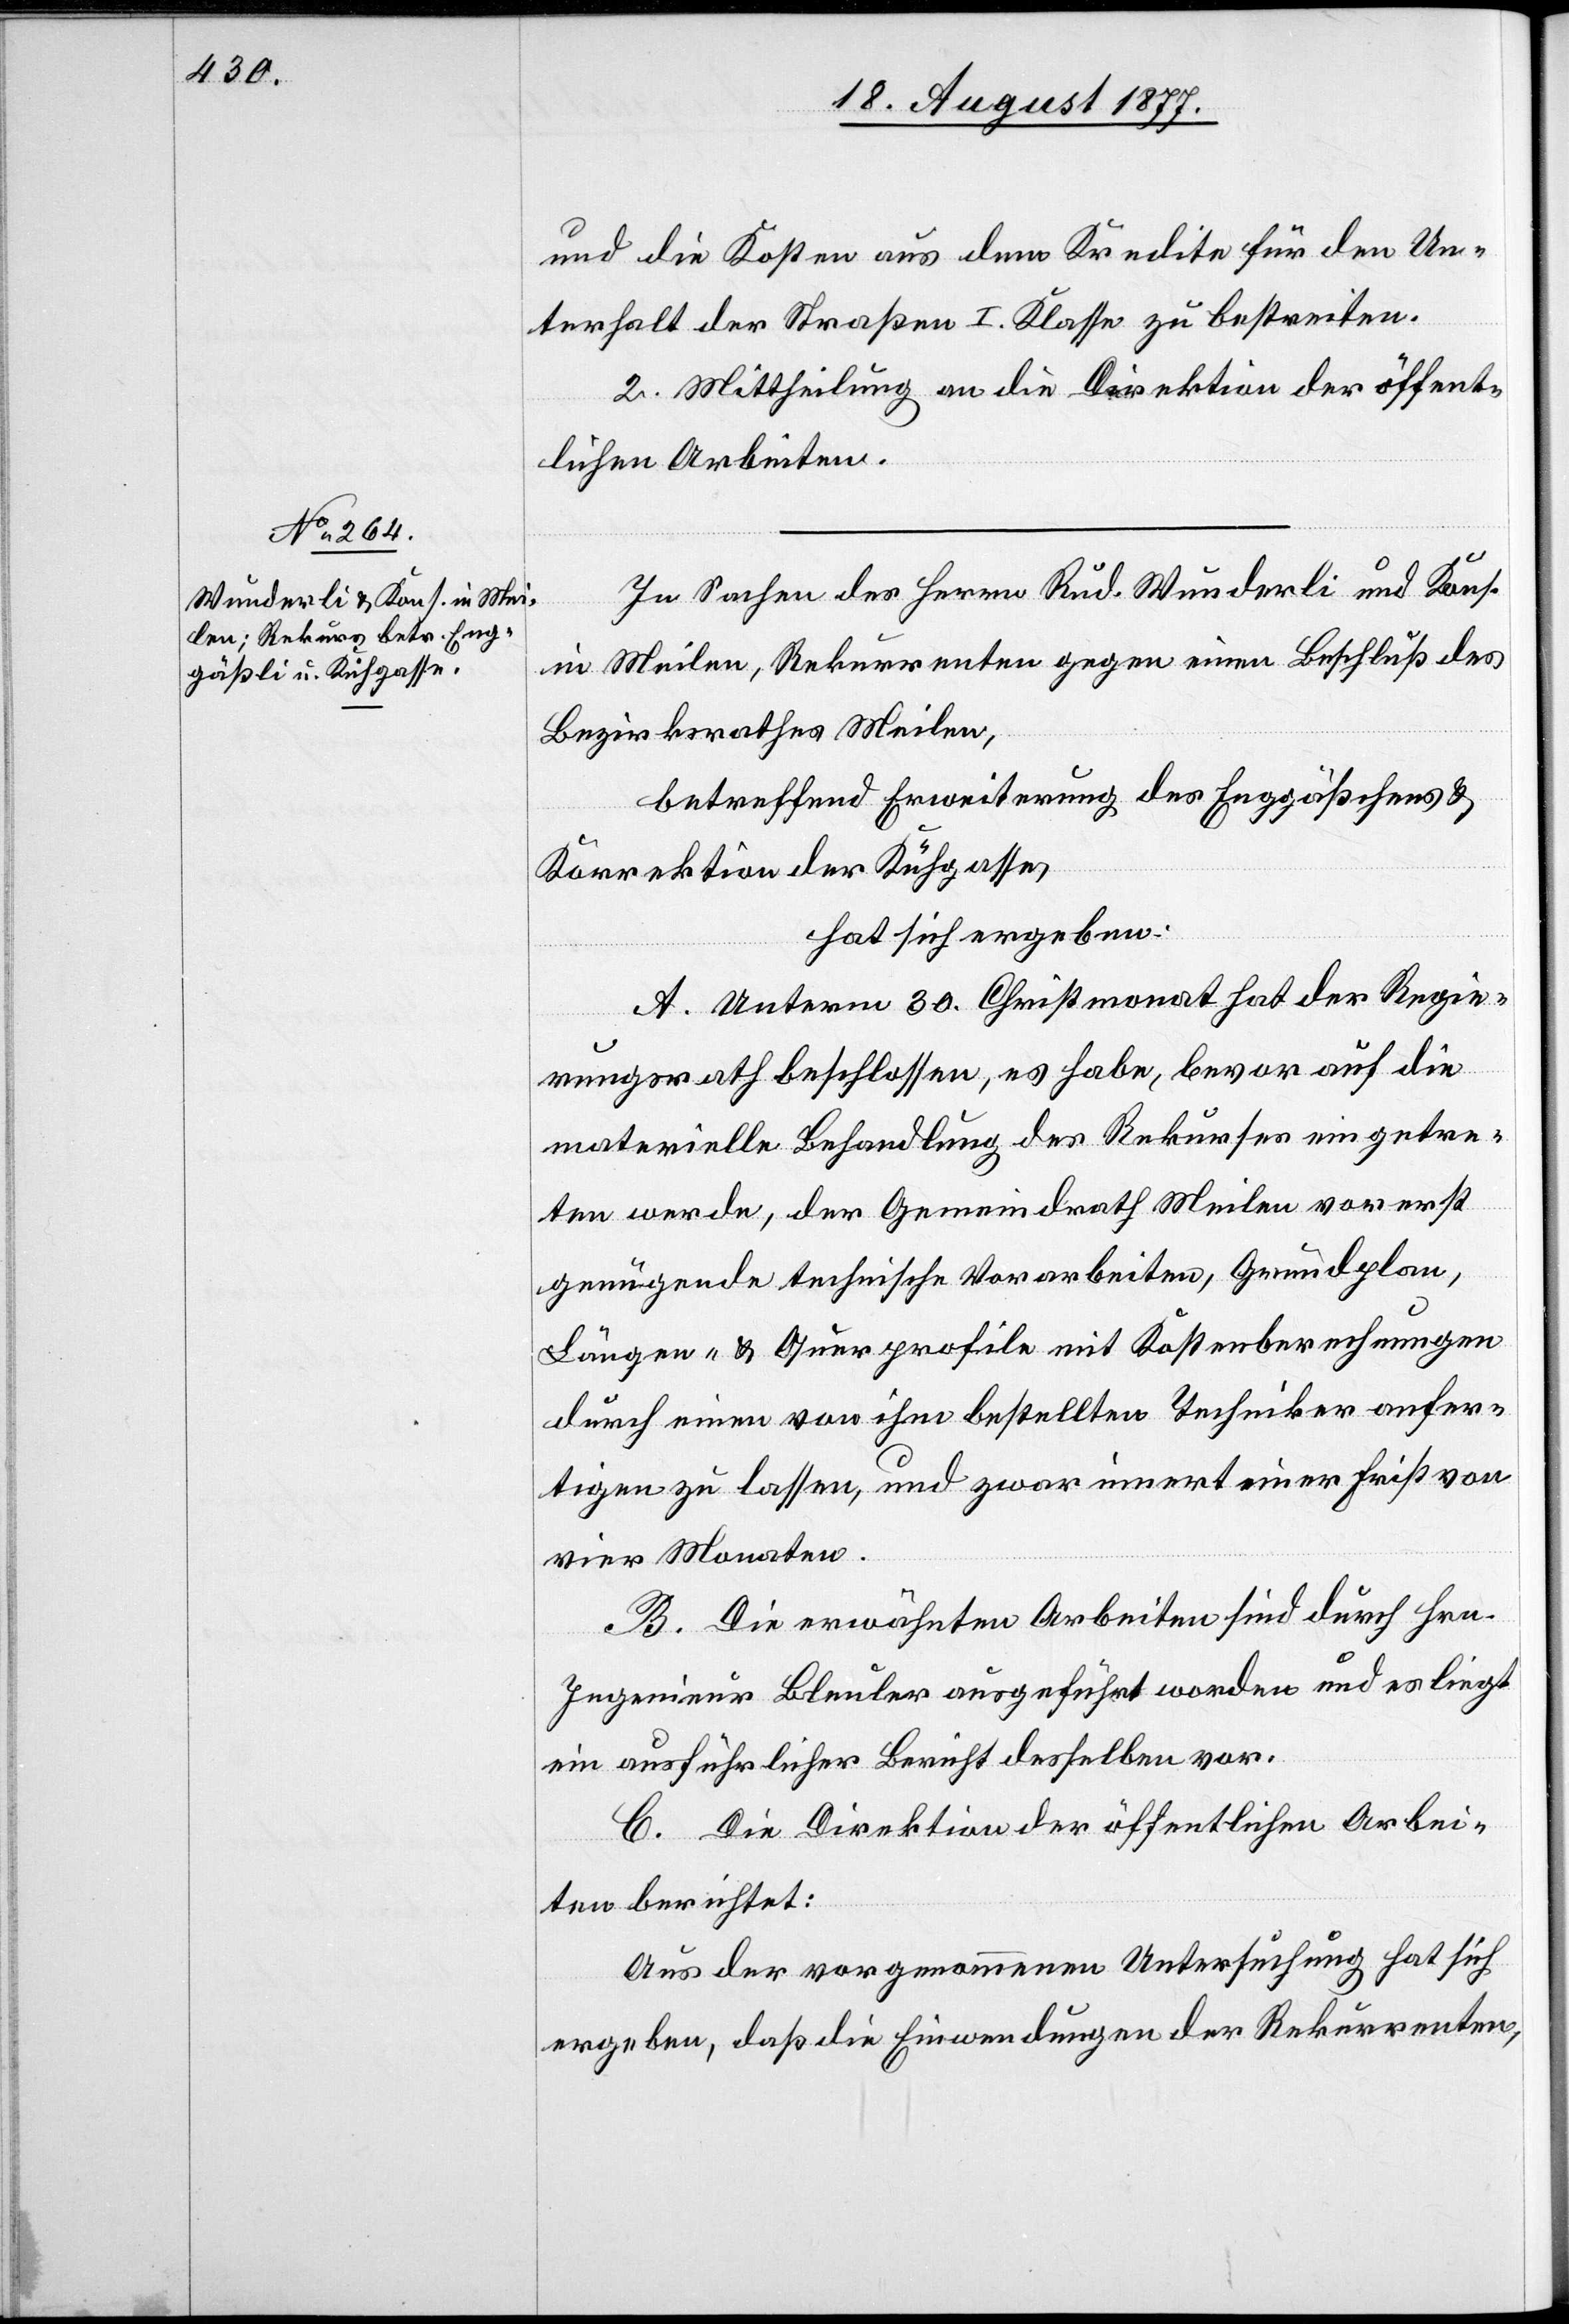
und die Kosten aus dem Kredite für den Un¬
terhalt der Straßen I. Klasse zu bestreiten.
2. Mittheilung an die Direktion der öffent¬
lichen Arbeiten.
In Sachen des Herrn Rud. Wunderli und Kons.
in Meilen, Rekurrenten gegen einen Beschluß des
Bezirksrathes Meilen,
betreffend Erweiterung des Enggäßchens &
Korrektion der Kühgasse,
hat sich ergeben:
A. Unterm 30. Christmonat hat der Regie¬
rungsrath beschlossen, es habe, bevor auf die
materielle Behandlung des Rekurses eingetre¬
ten werde, der Gemeindrath Meilen vorerst
genügende technische Vorarbeiten, Grundplan,
Längen- & Querprofile mit Kostenberechnungen
durch einen von ihm bestellten Techniker anfer¬
tigen zu lassen, und zwar innert einer Frist von
vier Monaten.
B. Die erwähnten Arbeiten sind durch Hrn.
Ingenieur Bleuler ausgeführt worden und es liegt
ein ausführlicher Bericht desselben vor.
C. Die Direktion der öffentlichen Arbei¬
ten berichtet:
Aus der vorgenommenen Untersuchung hat sich
ergeben, daß die Einwendungen der Rekurrenten,